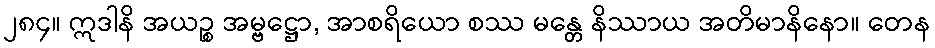
၂၈၄။ ဣဒါနိ အယဉ္စ အမ္ဗဋ္ဌော, အာစရိယော စဿ မန္တေ နိဿာယ အတိမာနိနော။ တေန